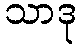
သာဒု